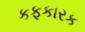
કફકારક